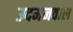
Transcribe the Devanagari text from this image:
उदमनवाल